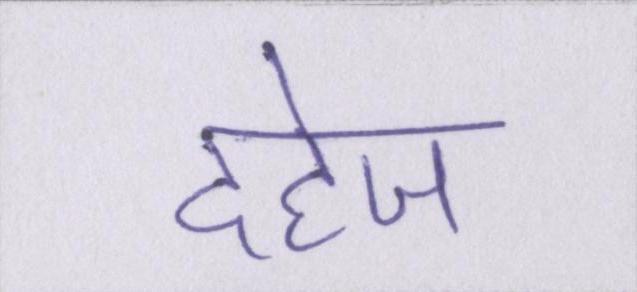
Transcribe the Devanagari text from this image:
दहेज